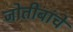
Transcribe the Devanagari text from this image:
जोतीबांचे